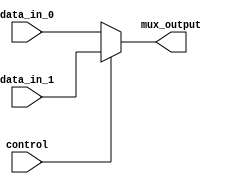
module mux2to1 (
    input wire data_in_0,
    input wire data_in_1,
    input wire control,
    output reg mux_output
);

always @ (data_in_0, data_in_1, control)
begin
    if (control == 0)
        mux_output = data_in_0;
    else
        mux_output = data_in_1;
end

endmodule